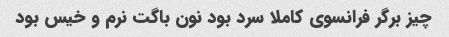
چیز برگر فرانسوی کاملا سرد بود نون باگت نرم و خیس بود